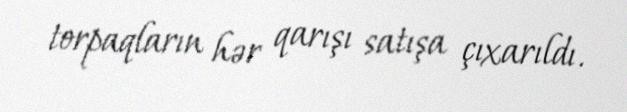
torpaqların hər qarışı satışa çıxarıldı.